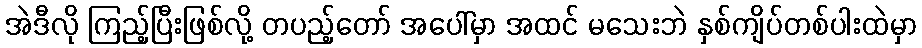
အဲဒီလို ကြည့်ပြီးဖြစ်လို့ တပည့်တော် အပေါ်မှာ အထင် မသေးဘဲ နှစ်ကျိပ်တစ်ပါးထဲမှာ